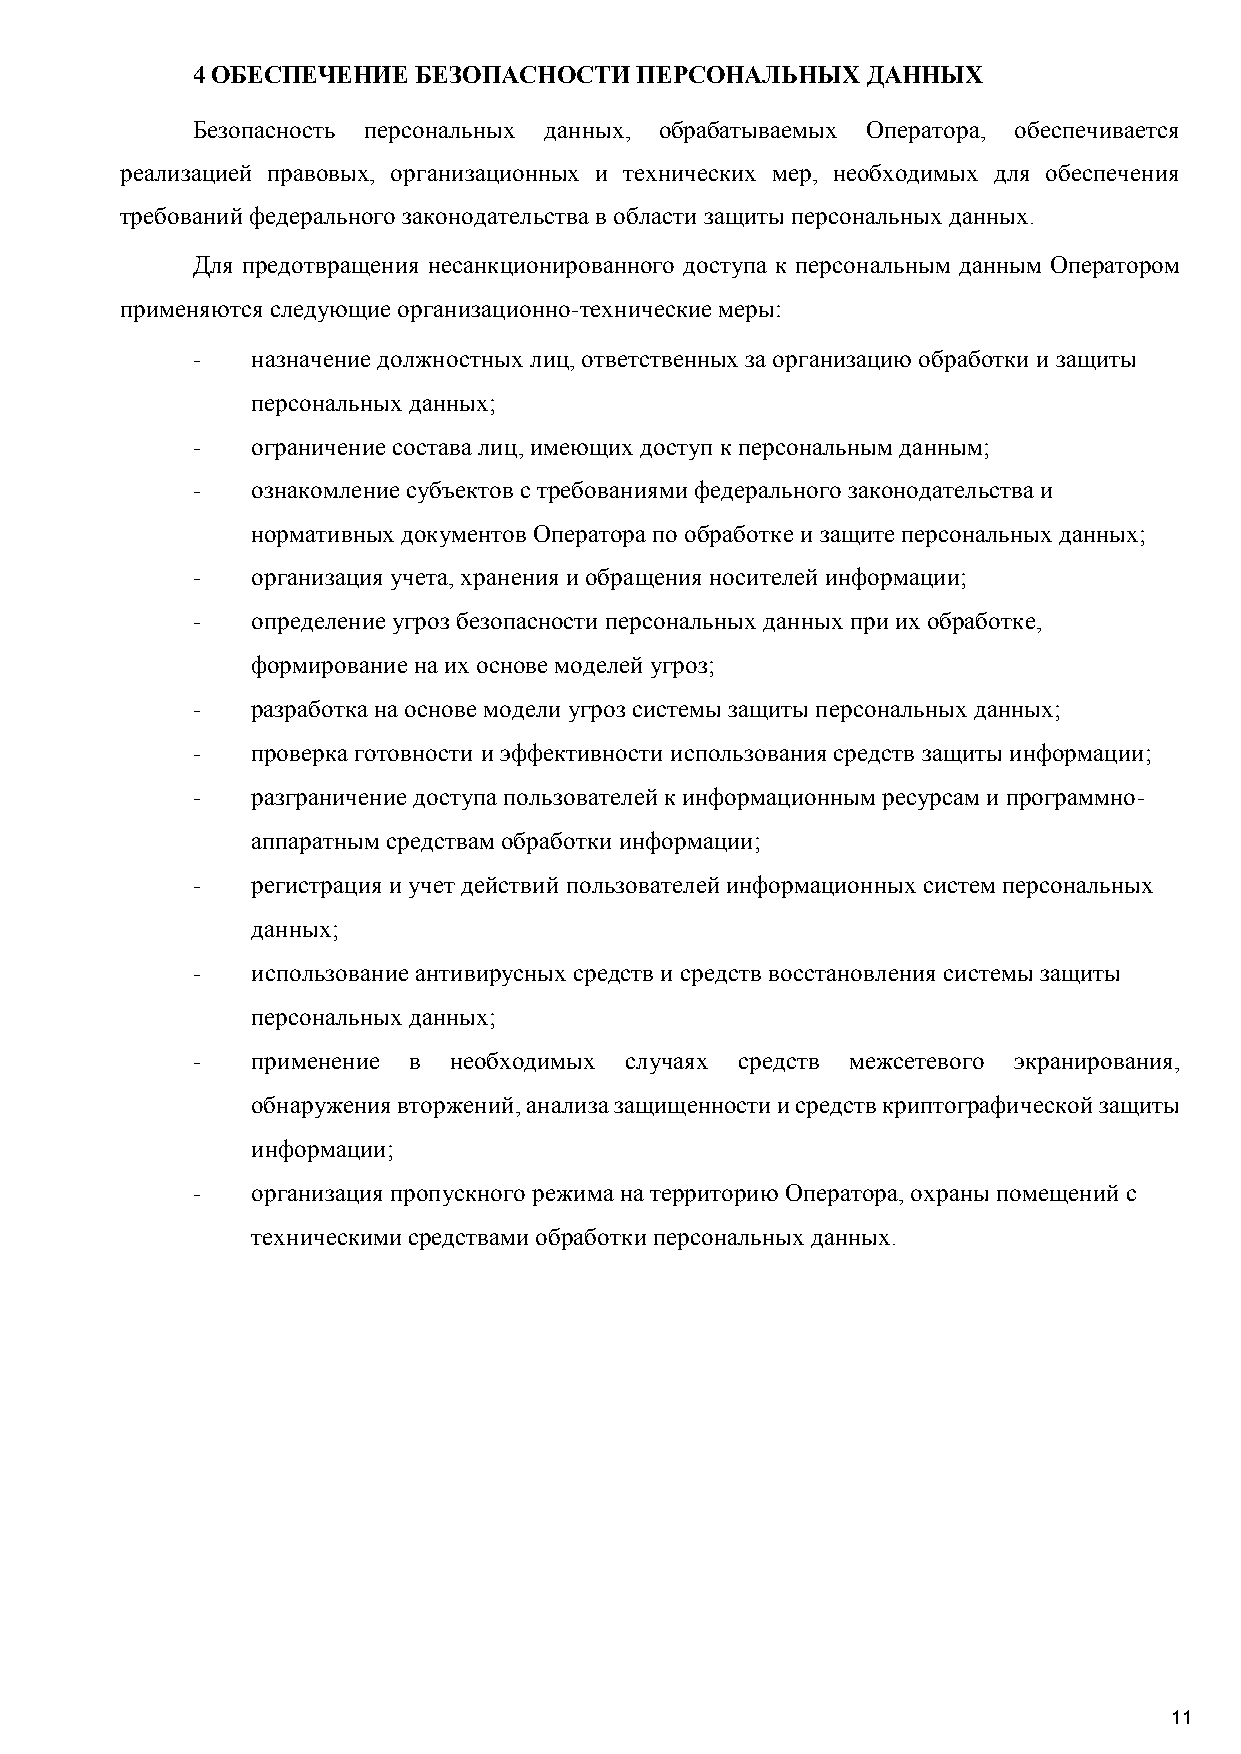
4 ОБЕСПЕЧЕНИЕ  БЕЗОПАСНОСТИ  ПЕРСОНАЛЬНЫХ   ДАННЫХ
 Безопасность персональных данных, обрабатываемых Оператора, обеспечивается
 реализацией правовых, организационных и технических мер, необходимых для обеспечения
 требований федерального законодательства в области защиты персональных данных.
 Для предотвращения несанкционированного доступа к персональным данным Оператором
 применяются следующие организационно-технические меры:
 -   назначение должностных лиц, ответственных за организацию обработки и защиты
 персональных данных;
 -   ограничение состава лиц, имеющих доступ к персональным данным;
 -   ознакомление субъектов с требованиями федерального законодательства и
 нормативных документов Оператора по обработке и защите персональных данных;
 -   организация учета, хранения и обращения носителей информации;
 -   определение угроз безопасности персональных данных при их обработке,
 формирование на их основе моделей угроз;
 -   разработка на основе модели угроз системы защиты персональных данных;
 -   проверка готовности и эффективности использования средств защиты информации;
 -   разграничение доступа пользователей к информационным ресурсам и программно-
 аппаратным средствам обработки информации;
 -   регистрация и учет действий пользователей информационных систем персональных
 данных;
 -   использование антивирусных средств и средств восстановления системы защиты
 персональных данных;
 -   применение в необходимых случаях средств межсетевого экранирования,
 обнаружения вторжений, анализа защищенности и средств криптографической защиты
 информации;
 -   организация пропускного режима на территорию Оператора, охраны помещений с
 техническими средствами обработки персональных данных.
 11